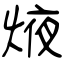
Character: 焲